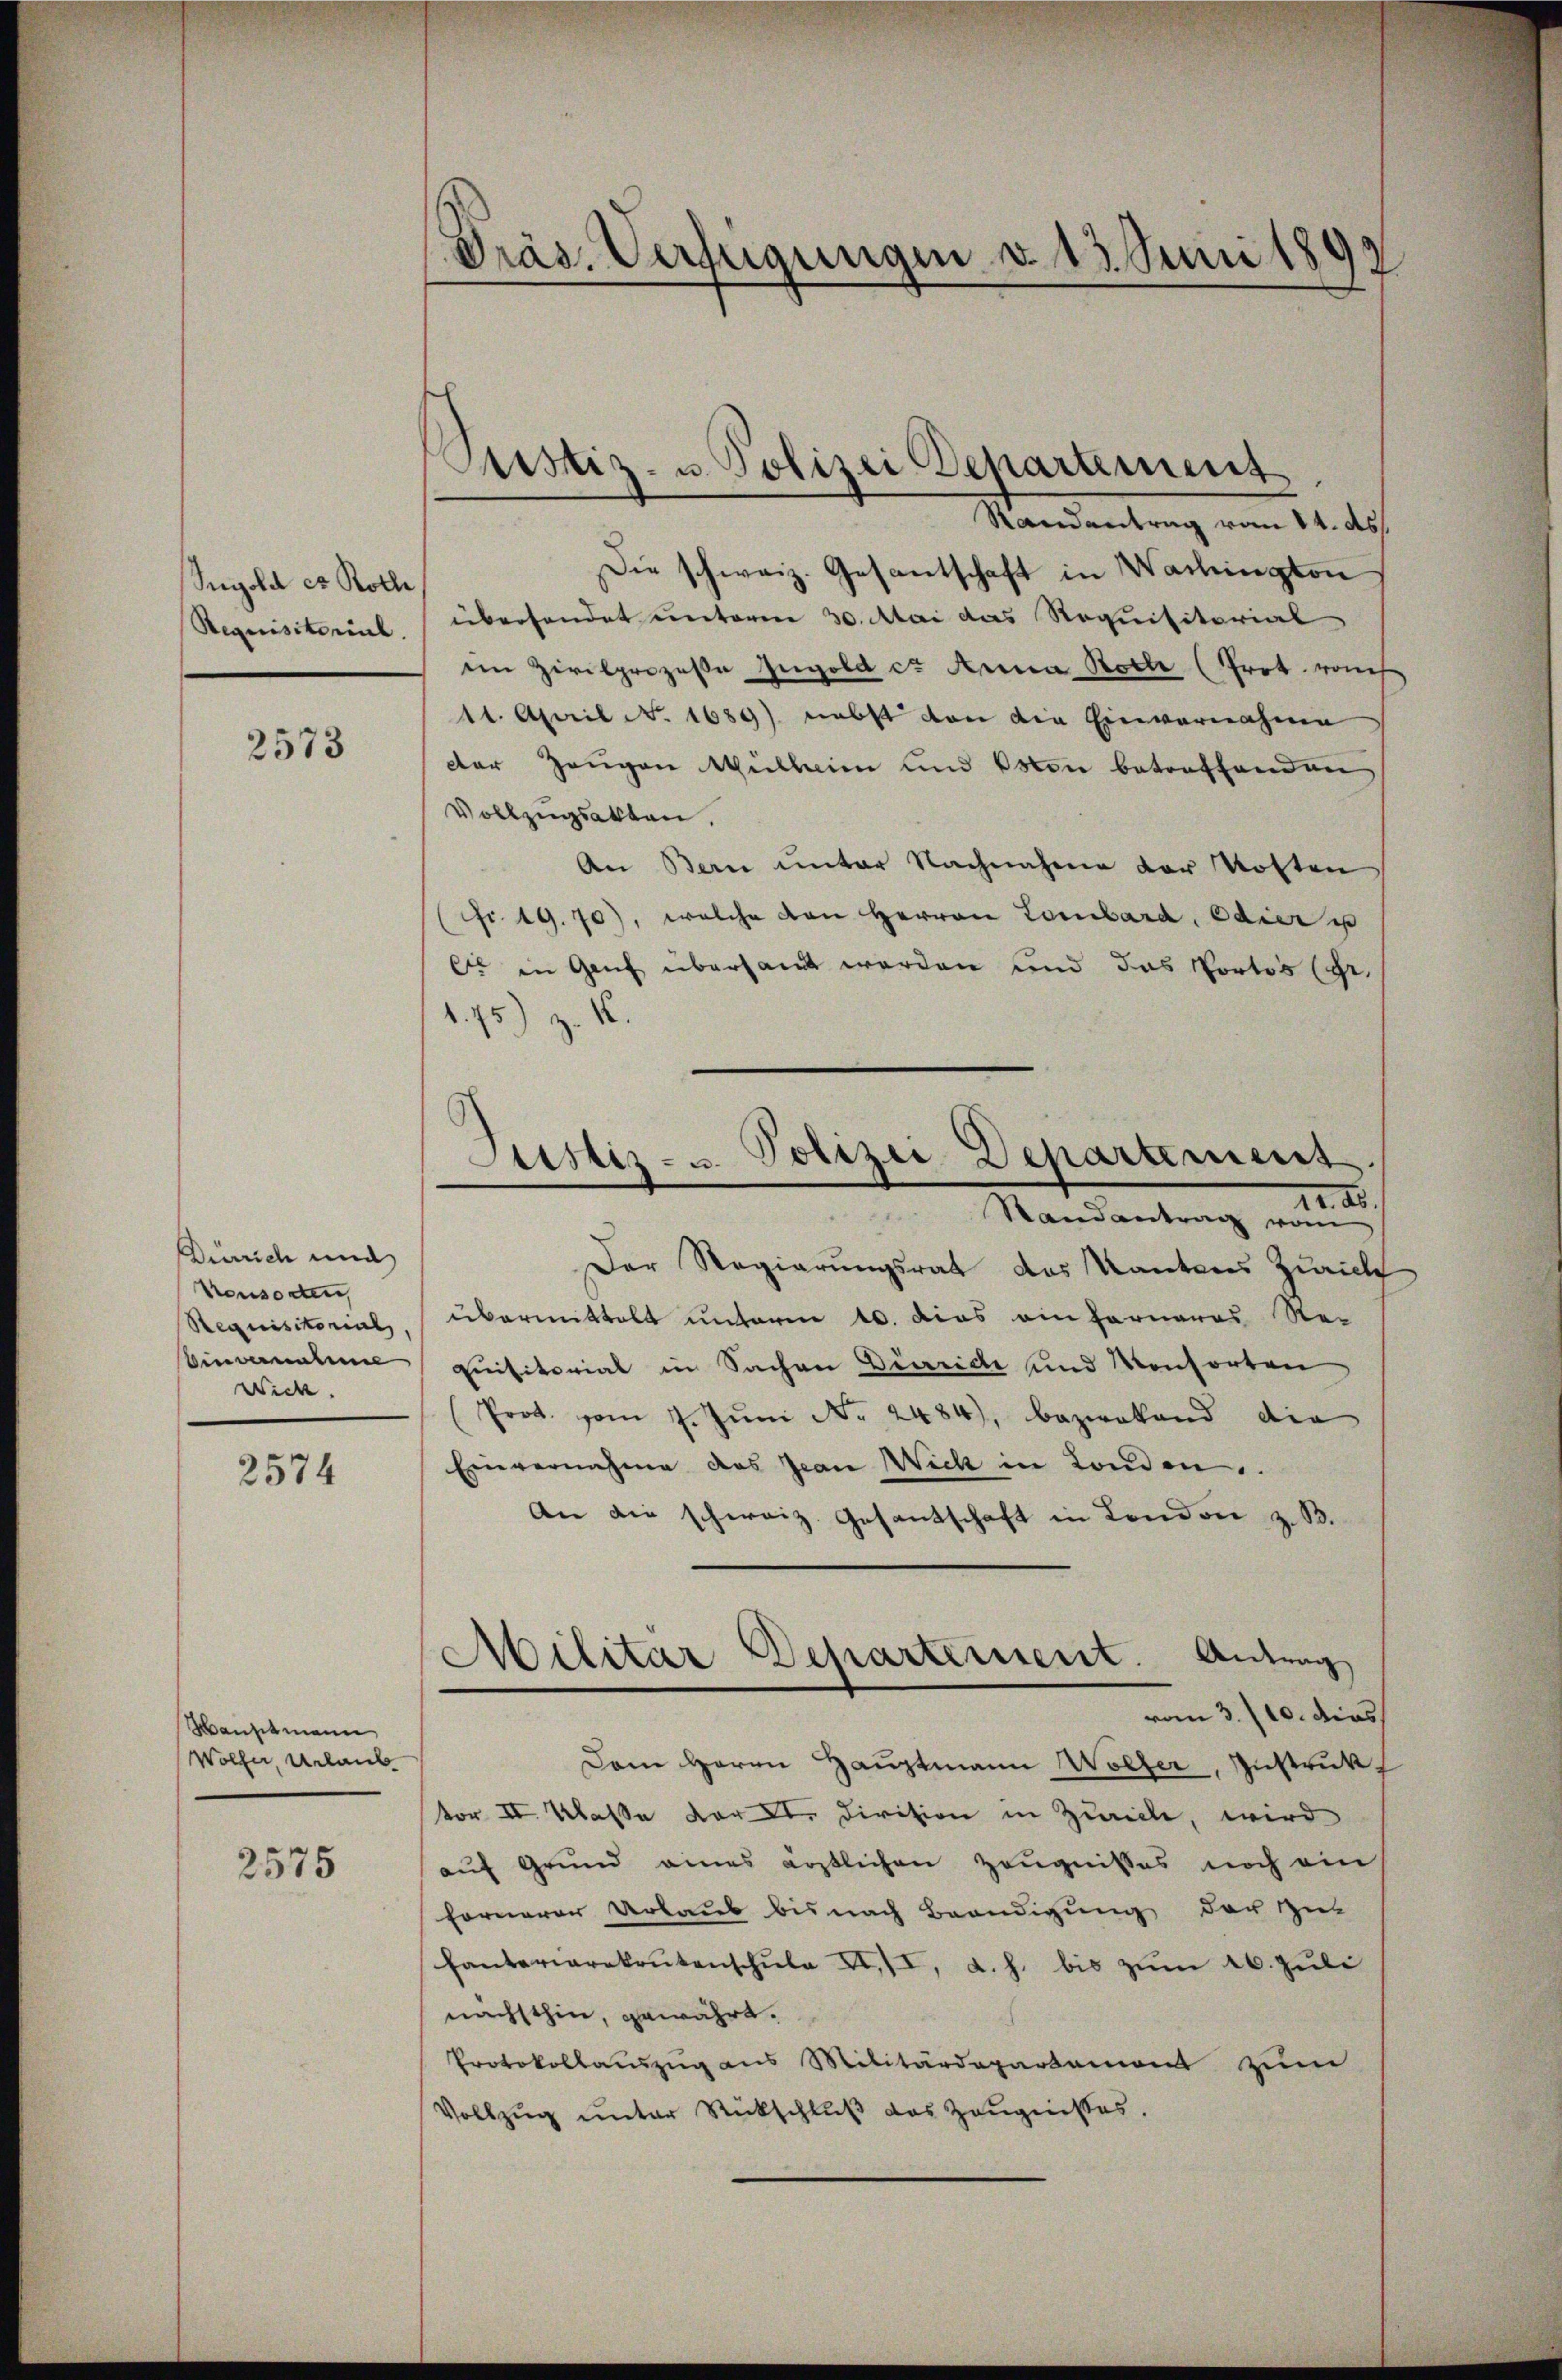
Sigold es Rothe
Requisitorial.

2573

Düerrich und
Konsorten
Requisitorial,
Einvernahme
Wick.

2574

Manstmann
Wolfer, Urlaub

2575

Randantrag vom 14. ds.
Die schweiz. Gesantschaft in Wachington
überhandet unterm 30. Mai das Requisitorial
im Zivilprozeße Ingold c. Anna Rotte (Prot. römis
11. April No. 1689) nebst von die Einvernahme
der Zeugen Müllheim und von betreffenden
Vollzugsakten.
An Bern unter Nachnahme der Kosten
fr. 19. 70), welche den Herren Lombara, edier u
r in Genf übersandt werden und das Portos (gr.
175) Z. 1

Präs. Verfügungen d. 13. Juni 1892

Justiz- u. Polizei Departement

Justiz- u. Polizei-Departement.
20. d.

Militar Departement. Antrag

Randantrag vom
Der Regierungsrat des Kantons Zürich
übermittelt unterm 10. dies einferneres Re-
quisitorial in Sachen Diarrich und Konsorten
(Prot. vom 7. Jŭni No 2484), bezwekend die
Einvernahme das Jean Wich in London.
An die schereiz. Gesantschaft in London z. B.
vom 3./10. dies
Dem Herrn Hauptmann Wölfer, Instruk
vor II. Klasse der D. Division in Zureche, wird
auf Grund eines ärztlichen Zeugnisses noch ein
fornerer Urlaub bis nach Beendigung der zu
fanteriarekrutenschŭle XIII, d. h. bis zŭm 16. Juli
nächsthin, gewährt.
Protokollauszug aus Militärdepartemont zŭm
Vollzug unter Rückschlŭβ das Zeugnisses.